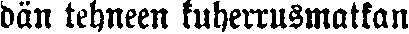
dän tehneen kuherrusmatkan